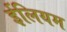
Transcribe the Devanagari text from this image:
ईलियम